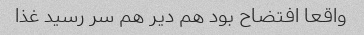
واقعا افتضاح بود هم دیر هم سر رسید غذا